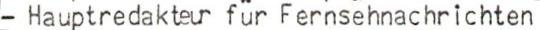
- Hauptredakteur für Fernsehnachrichten